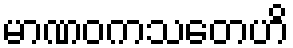
မာဏဝကသတေဟိ